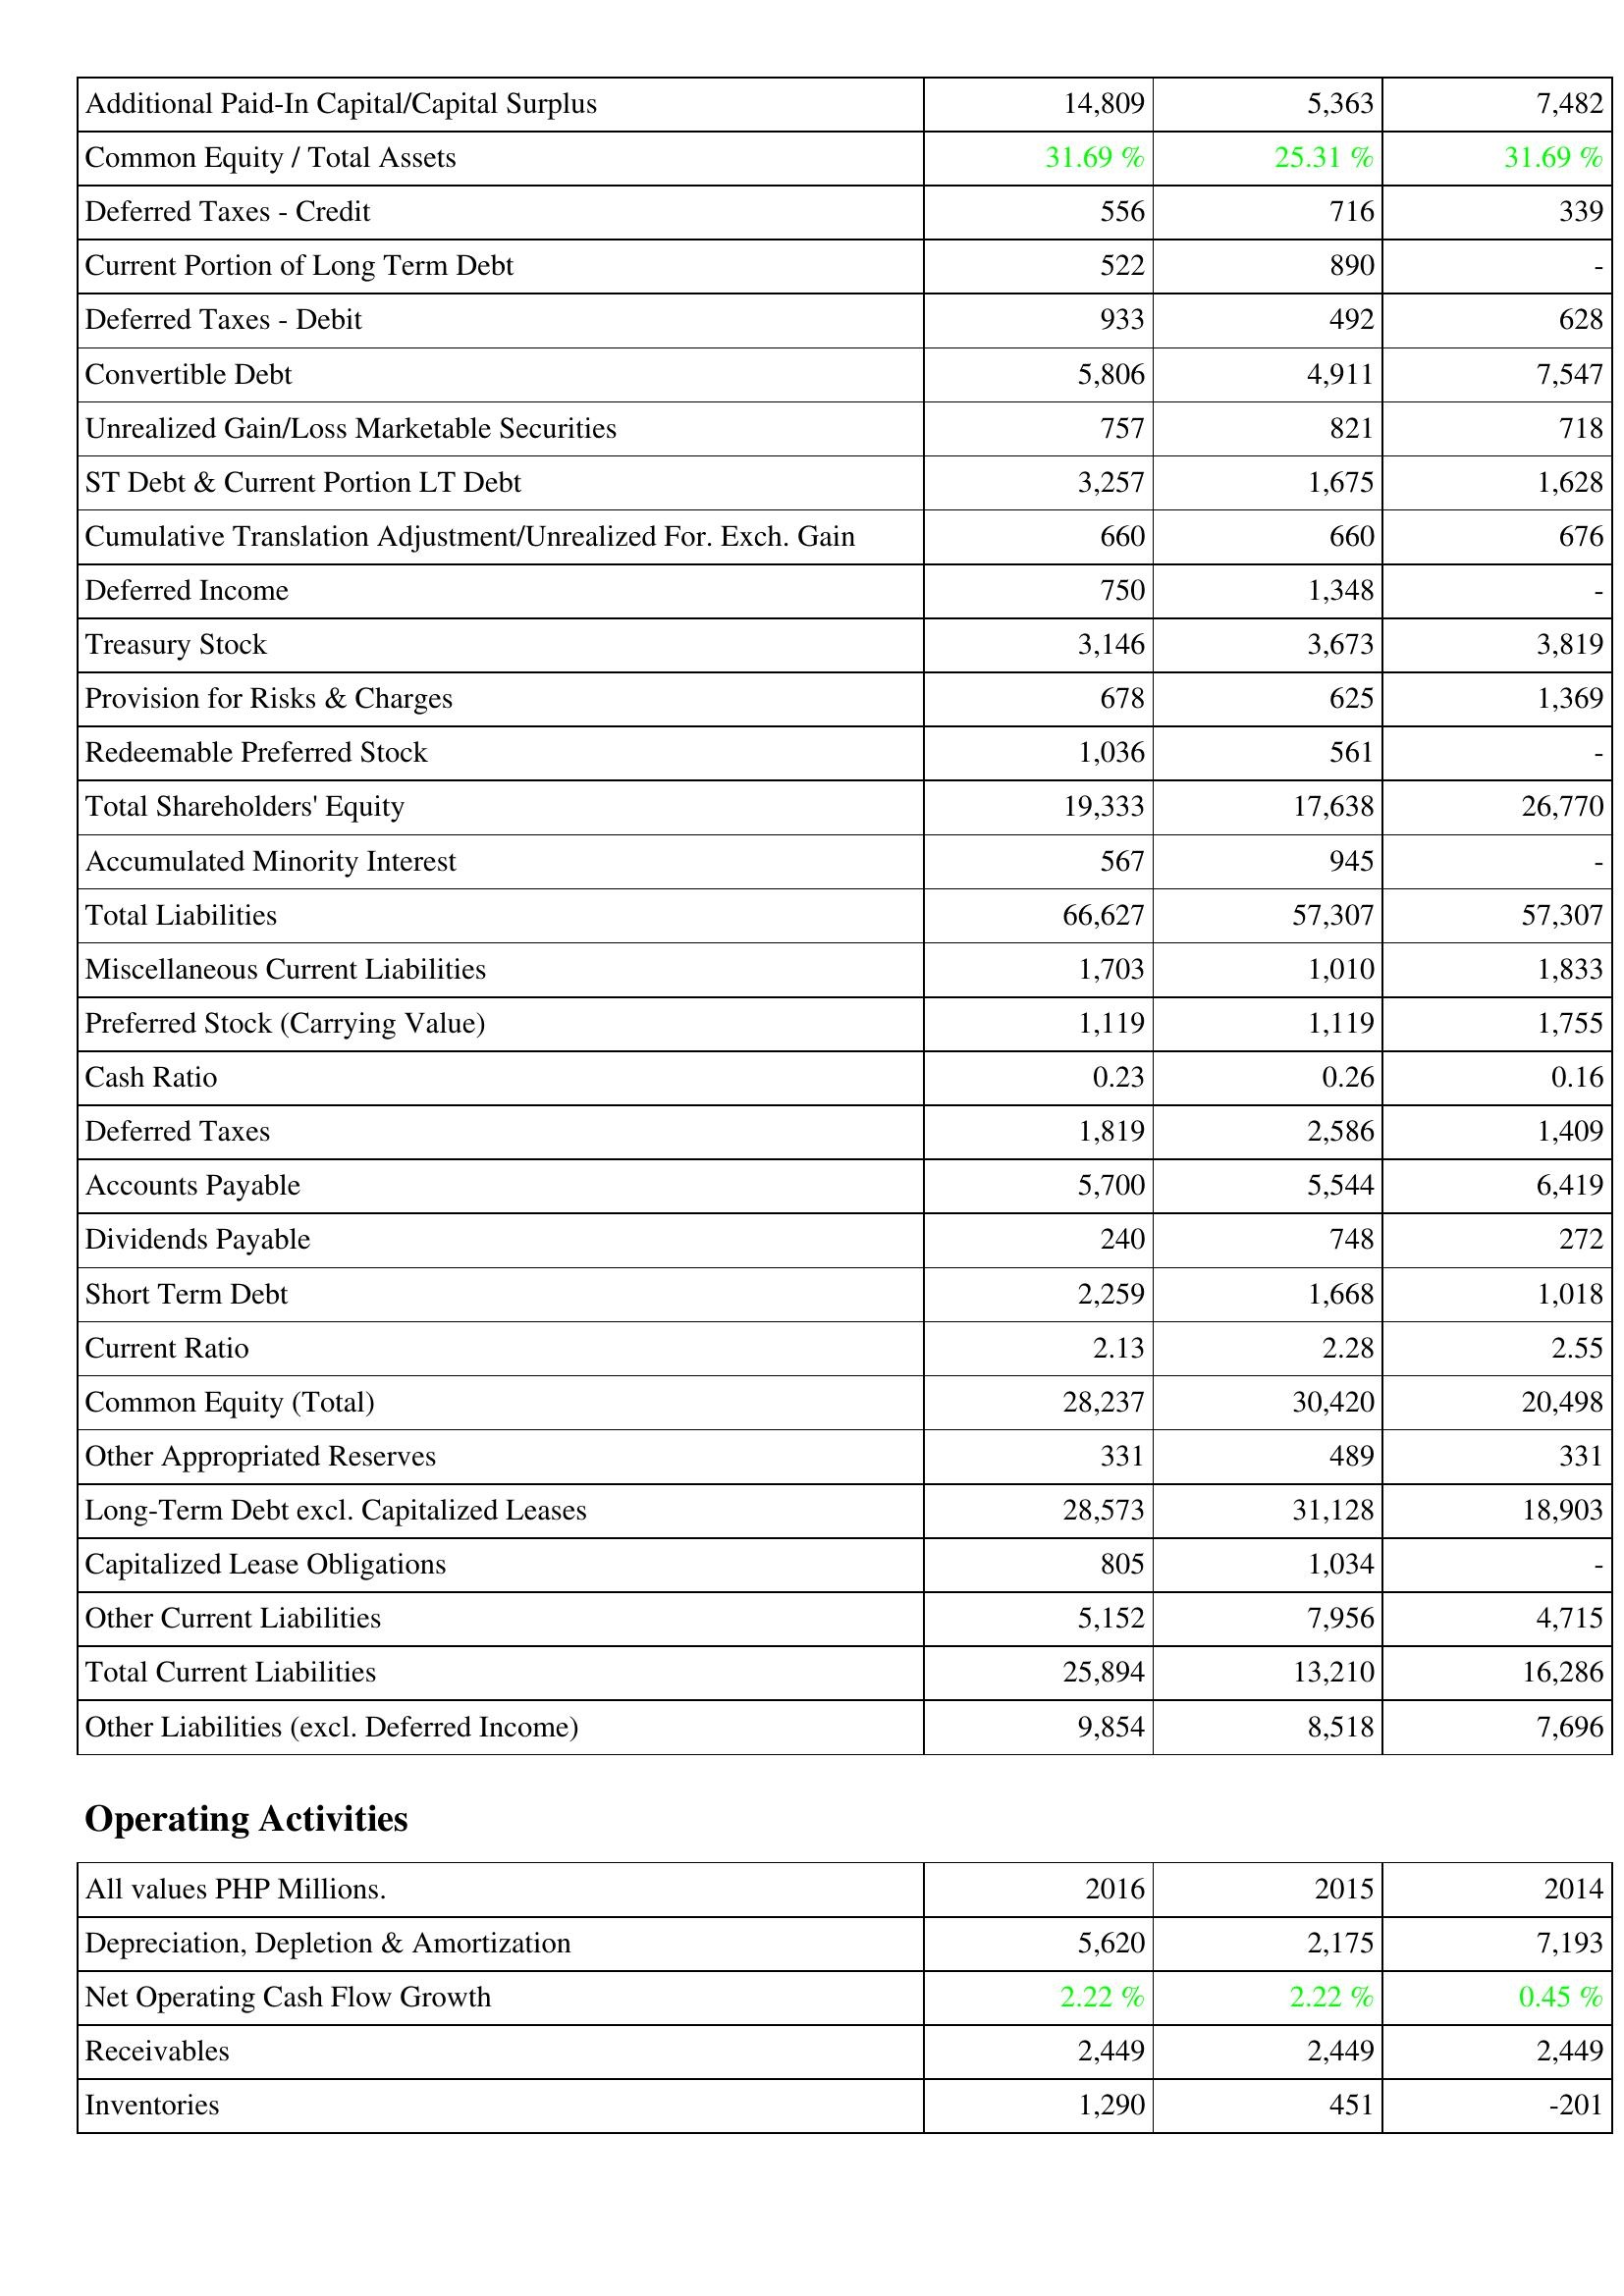
2016: Liabilities & Shareholders' Equity: Additional Paid-In Capital/Capital Surplus: 14,809
Common Equity / Total Assets: 31.69 %
Deferred Taxes - Credit: 556
Current Portion of Long Term Debt: 522
Deferred Taxes - Debit: 933
Convertible Debt: 5,806
Unrealized Gain/Loss Marketable Securities: 757
ST Debt & Current Portion LT Debt: 3,257
Cumulative Translation Adjustment/Unrealized For. Exch. Gain: 660
Deferred Income: 750
Treasury Stock: 3,146
Provision for Risks & Charges: 678
Redeemable Preferred Stock: 1,036
Total Shareholders' Equity: 19,333
Accumulated Minority Interest: 567
Total Liabilities: 66,627
Miscellaneous Current Liabilities: 1,703
Preferred Stock (Carrying Value): 1,119
Cash Ratio: 0.23
Deferred Taxes: 1,819
Accounts Payable: 5,700
Dividends Payable: 240
Short Term Debt: 2,259
Current Ratio: 2.13
Common Equity (Total): 28,237
Other Appropriated Reserves: 331
Long-Term Debt excl. Capitalized Leases: 28,573
Capitalized Lease Obligations: 805
Other Current Liabilities: 5,152
Total Current Liabilities: 25,894
Other Liabilities (excl. Deferred Income): 9,854
Operating Activities: Depreciation, Depletion & Amortization: 5,620
Net Operating Cash Flow Growth: 2.22 %
Receivables: 2,449
Inventories: 1,290
2015: Liabilities & Shareholders' Equity: Additional Paid-In Capital/Capital Surplus: 5,363
Common Equity / Total Assets: 25.31 %
Deferred Taxes - Credit: 716
Current Portion of Long Term Debt: 890
Deferred Taxes - Debit: 492
Convertible Debt: 4,911
Unrealized Gain/Loss Marketable Securities: 821
ST Debt & Current Portion LT Debt: 1,675
Cumulative Translation Adjustment/Unrealized For. Exch. Gain: 660
Deferred Income: 1,348
Treasury Stock: 3,673
Provision for Risks & Charges: 625
Redeemable Preferred Stock: 561
Total Shareholders' Equity: 17,638
Accumulated Minority Interest: 945
Total Liabilities: 57,307
Miscellaneous Current Liabilities: 1,010
Preferred Stock (Carrying Value): 1,119
Cash Ratio: 0.26
Deferred Taxes: 2,586
Accounts Payable: 5,544
Dividends Payable: 748
Short Term Debt: 1,668
Current Ratio: 2.28
Common Equity (Total): 30,420
Other Appropriated Reserves: 489
Long-Term Debt excl. Capitalized Leases: 31,128
Capitalized Lease Obligations: 1,034
Other Current Liabilities: 7,956
Total Current Liabilities: 13,210
Other Liabilities (excl. Deferred Income): 8,518
Operating Activities: Depreciation, Depletion & Amortization: 2,175
Net Operating Cash Flow Growth: 2.22 %
Receivables: 2,449
Inventories: 451
2014: Liabilities & Shareholders' Equity: Additional Paid-In Capital/Capital Surplus: 7,482
Common Equity / Total Assets: 31.69 %
Deferred Taxes - Credit: 339
Current Portion of Long Term Debt: -
Deferred Taxes - Debit: 628
Convertible Debt: 7,547
Unrealized Gain/Loss Marketable Securities: 718
ST Debt & Current Portion LT Debt: 1,628
Cumulative Translation Adjustment/Unrealized For. Exch. Gain: 676
Deferred Income: -
Treasury Stock: 3,819
Provision for Risks & Charges: 1,369
Redeemable Preferred Stock: -
Total Shareholders' Equity: 26,770
Accumulated Minority Interest: -
Total Liabilities: 57,307
Miscellaneous Current Liabilities: 1,833
Preferred Stock (Carrying Value): 1,755
Cash Ratio: 0.16
Deferred Taxes: 1,409
Accounts Payable: 6,419
Dividends Payable: 272
Short Term Debt: 1,018
Current Ratio: 2.55
Common Equity (Total): 20,498
Other Appropriated Reserves: 331
Long-Term Debt excl. Capitalized Leases: 18,903
Capitalized Lease Obligations: -
Other Current Liabilities: 4,715
Total Current Liabilities: 16,286
Other Liabilities (excl. Deferred Income): 7,696
Operating Activities: Depreciation, Depletion & Amortization: 7,193
Net Operating Cash Flow Growth: 0.45 %
Receivables: 2,449
Inventories: -201